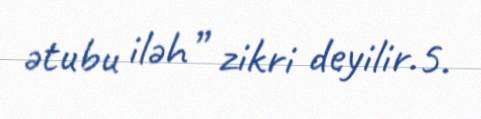
ətubu iləh” zikri deyilir.5.